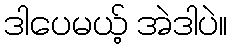
ဒါပေမယ့် အဲဒါပဲ။